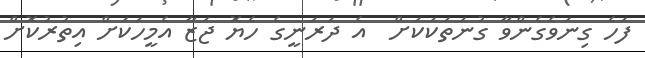
ފަހެ ގިނަވެގެންވާ ގުނަތަކަކަށް  އެ ދަރަނީގެ ހެޔޮ ޖަޒާ އެމީހަކަށް އިތުރުކޮށް